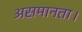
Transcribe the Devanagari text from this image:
असमानता।